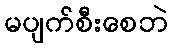
မပျက်စီးစေဘဲ